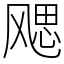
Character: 飔